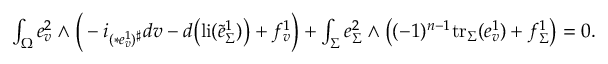
\begin{array} { r l } & { \int _ { \Omega } e _ { v } ^ { 2 } \wedge \Big ( - i _ { ( \ast e _ { v } ^ { 1 } ) ^ { \sharp } } d v - d \big ( \mathrm { l i } ( \tilde { e } _ { \Sigma } ^ { 1 } ) \big ) + f _ { v } ^ { 1 } \Big ) + \int _ { \Sigma } e _ { \Sigma } ^ { 2 } \wedge \big ( ( - 1 ) ^ { n - 1 } \mathrm { t r } _ { \Sigma } ( e _ { v } ^ { 1 } ) + f _ { \Sigma } ^ { 1 } \big ) = 0 . } \end{array}